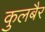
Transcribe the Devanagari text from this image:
कुलबैर